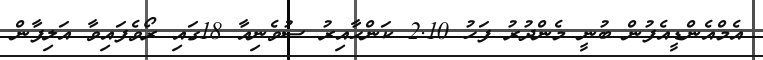
އެމްއެންޑީއެފުން ބުނީ މެންދުރު ފަހު 2.10 ކަންހާއިރު ސުވެނިއާ 18ގައި ރޯވެފައިވާ އަލިފާން